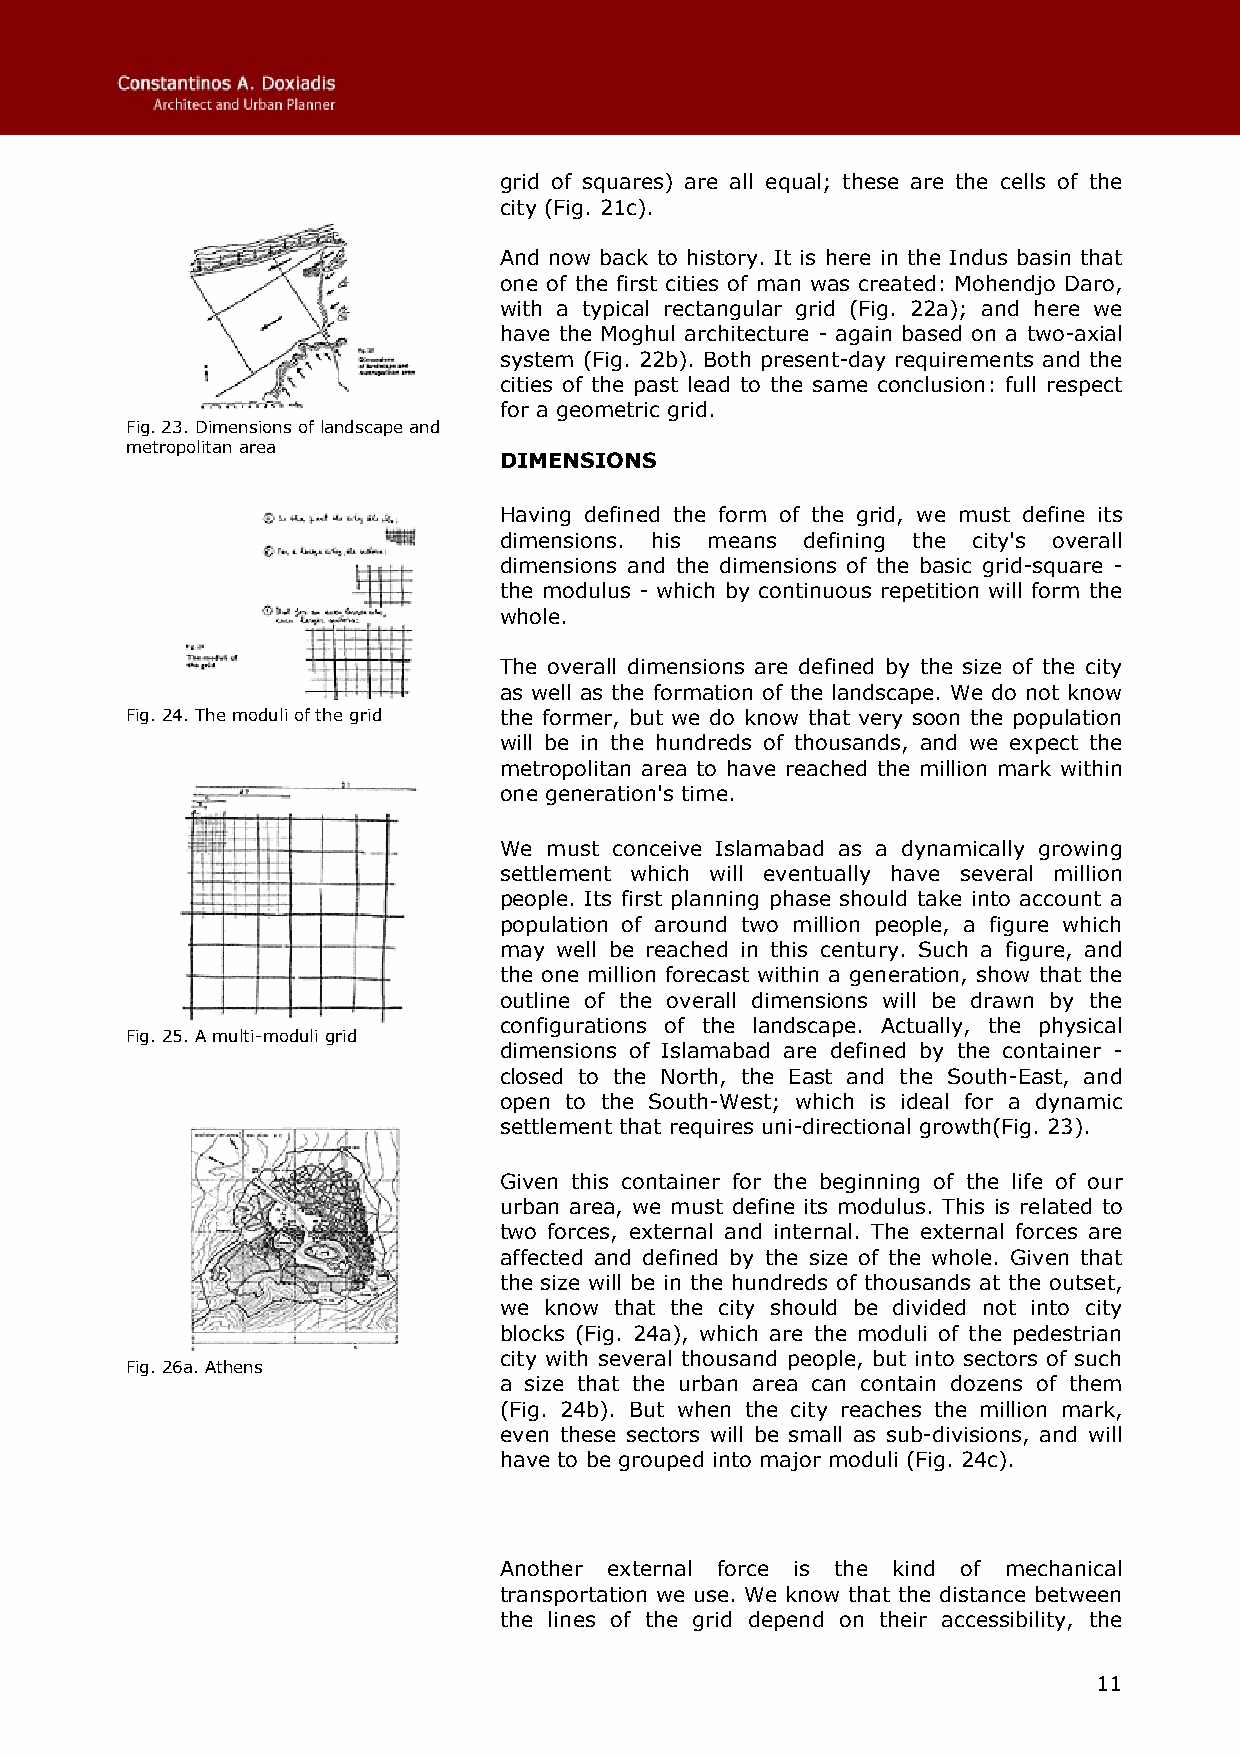
grid of squares) are all equal; these are the cells of the
 city (Fig. 21c).
 And now back to history. It is here in the Indus basin that
 one of the first cities of man was created: Mohendjo Daro,
 with a typical rectangular grid (Fig. 22a); and here we
 have the Moghul architecture - again based on a two-axial
 system (Fig. 22b). Both present-day requirements and the
 cities of the past lead to the same conclusion: full respect
 for a geometric grid.
 Fig. 23. Dimensions of landscape and
 metropolitan area
 DIMENSIONS
 Having defined the form of the grid, we must define its
 dimensions. his means defining the city's overall
 dimensions and the dimensions of the basic grid-square -
 the modulus - which by continuous repetition will form the
 whole.
 The overall dimensions are defined by the size of the city
 as well as the formation of the landscape. We do not know
 Fig. 24. The moduli of the grid the former, but we do know that very soon the population
 will be in the hundreds of thousands, and we expect the
 metropolitan area to have reached the million mark within
 one generation's time.
 We must conceive Islamabad as a dynamically growing
 settlement which will eventually have several million
 people. Its first planning phase should take into account a
 population of around two million people, a figure which
 may well be reached in this century. Such a figure, and
 the one million forecast within a generation, show that the
 outline of the overall dimensions will be drawn by the
 configurations of the landscape. Actually, the physical
 Fig. 25. A multi-moduli grid
 dimensions of Islamabad are defined by the container -
 closed to the North, the East and the South-East, and
 open to the South-West; which is ideal for a dynamic
 settlement that requires uni-directional growth(Fig. 23).
 Given this container for the beginning of the life of our
 urban area, we must define its modulus. This is related to
 two forces, external and internal. The external forces are
 affected and defined by the size of the whole. Given that
 the size will be in the hundreds of thousands at the outset,
 we know that the city should be divided not into city
 blocks (Fig. 24a), which are the moduli of the pedestrian
 city with several thousand people, but into sectors of such
 Fig. 26a. Athens
 a size that the urban area can contain dozens of them
 (Fig. 24b). But when the city reaches the million mark,
 even these sectors will be small as sub-divisions, and will
 have to be grouped into major moduli (Fig. 24c).
 Another external force is the kind of mechanical
 transportation we use. We know that the distance between
 the lines of the grid depend on their accessibility, the
 11